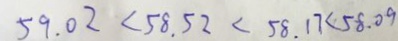
5 9 . 0 2 < 5 8 . 5 2 < 5 8 . 1 7 < 5 8 . 0 9